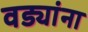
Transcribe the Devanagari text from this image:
वड्यांना